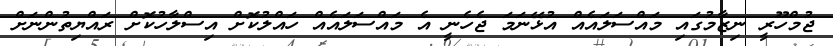
ޖުމްހޫރީ ނިޒާމުގައި މައްސަލައެއް އުޅޭނަމަ ޖެހެނީ އެ މައްސަލައެއް ހައްލުކޮށް އިސްލާހުކޮށް ރައްޔިތުންނަށް